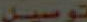
توصيل